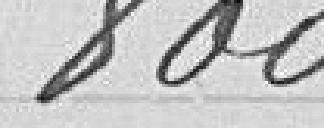
800